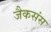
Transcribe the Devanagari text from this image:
जैकसंस